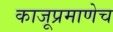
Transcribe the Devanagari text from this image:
काजूप्रमाणेच